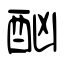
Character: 酗